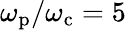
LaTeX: \omega_{\mathrm{p}}/\omega_{\mathrm{c}}=5